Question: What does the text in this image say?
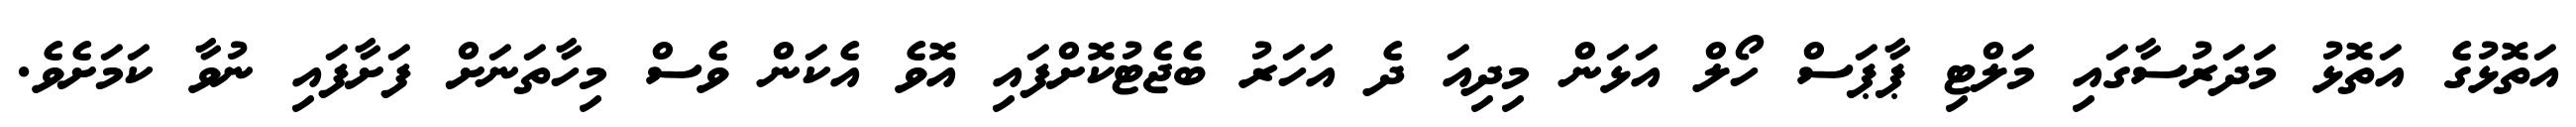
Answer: އަތޮޅުގެ އަތޮޅު މަދަރުސާގައި މަލްޓި ޕާޕަސް ހޯލް އަޅަން މިދިއަ ދެ އަަހަރު ބެޖެޓުކޮށްފައި އޮވެ އެކަން ވެސް މިހާތަނަށް ފަށާފައި ނުވާ ކަމަށެވެ.